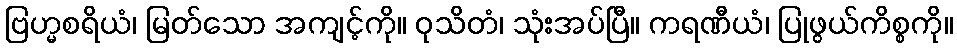
ဗြဟ္မစရိယံ၊ မြတ်သော အကျင့်ကို။ ဝုသိတံ၊ သုံးအပ်ပြီ။ ကရဏီယံ၊ ပြုဖွယ်ကိစ္စကို။